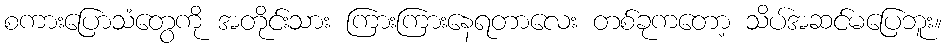
စကားပြောသံတွေကို အတိုင်းသား ကြားကြားနေရတာလေး တစ်ခုကတော့ သိပ်အဆင်မပြေဘူး။